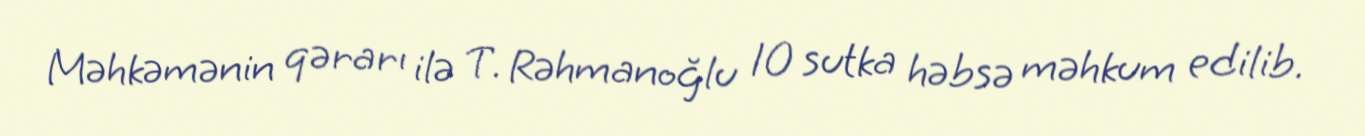
Məhkəmənin qərarı ilə T. Rəhmanoğlu 10 sutka həbsə məhkum edilib.